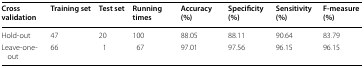
| Cross validation | Training set | Test set | Running times | Accuracy (%) | Specificity (%) | Sensitivity (%) | F-measure (%) |
 | --- | --- | --- | --- | --- | --- | --- | --- |
 | Hold-out | 47 | 20 | 100 | 88.05 | 88.11 | 90.64 | 83.79 |
 | Leave-one-out | 66 | 1 | 67 | 97.01 | 97.56 | 96.15 | 96.15 |